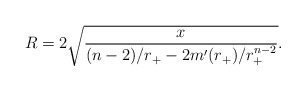
\begin{align*}R=2 \sqrt{\frac{x}{(n-2)/r_+ -2m'(r_+)/r_+^{n-2}}}.\end{align*}